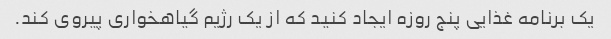
یک برنامه غذایی پنج روزه ایجاد کنید که از یک رژیم گیاهخواری پیروی کند.